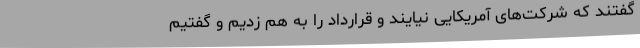
گفتند که شرکت‌های آمریکایی نیایند و قرارداد را به هم زدیم و گفتیم